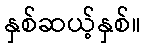
နှစ်ဆယ့်နှစ်။